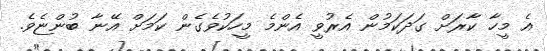
އެ މީހާ ކާރަށް ގަދަކަމުން އެރުވީ އެންމެ މީހަކުވެގެން ކަމަށް އޭނާ ބުންޏެވެ.